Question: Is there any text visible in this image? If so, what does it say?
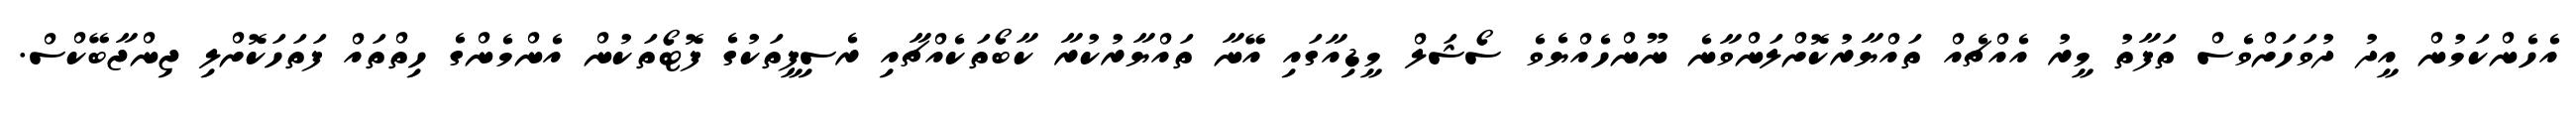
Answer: އެހެންކަމުން އީދު ދުވަހަށްވެސް ތަފާތު މީރު އެއްޗެއް ތައްޔާރުކޮށްލަންވާނެ ނޫންހެއްޔެވެ ސޯޝަލް މީޑިއާގައި އޭނާ ތައްޔާރުކުރާ ކާބޯތަކެއްޗާއި ރެސިޕީތަކުގެ ފޮޓޯތަކުން އެންމެންގެ ހިތްތައް ފަތަހަކޮށްލި ޖިންޖާބޭކްސް.